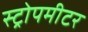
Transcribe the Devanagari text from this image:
स्ट्रोपमीटर